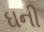
ઘની